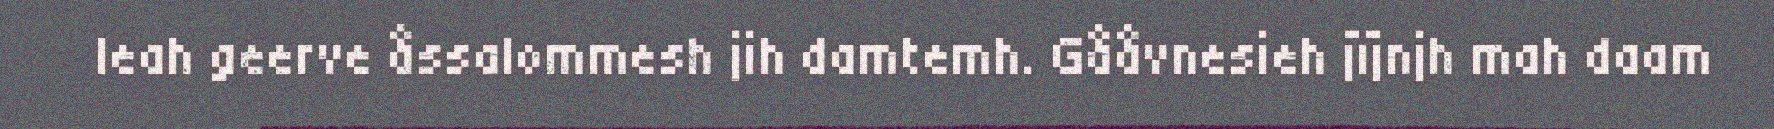
leah geerve åssalommesh jih damtemh. Gååvnesieh jïjnjh mah daam